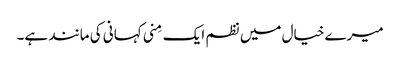
میرے خیال میں نظم ایک مِنی کہانی کی مانند ہے۔